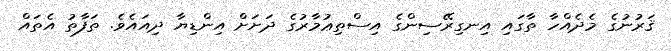
ޤަރުނުގެ މެދެއްހާ ތާގައި އިނގިރޭސިންގެ އިސްތިޢުމާރުގެ ދަށަށް އިންޑިޔާ ދިއައެވެ. ތަފާތު އެތައް